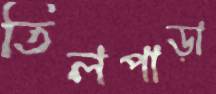
তিলপাড়া